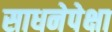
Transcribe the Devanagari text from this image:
साधनेपेक्षा